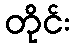
တိုင်း